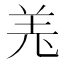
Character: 𦍑